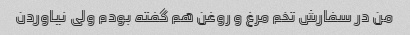
من در سفارش تخم مرغ و روغن هم گفته بودم ولی نیاوردن